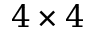
4 \times 4